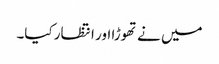
میں نے تھوڑا اور انتظار کیا۔